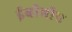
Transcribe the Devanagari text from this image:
ईबीबीए